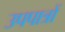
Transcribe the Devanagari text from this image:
उपपात्रों